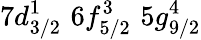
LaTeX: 7d_{3/2}^{1}\, \, 6f_{5/2}^{3}\, \, 5g_{9/2}^{4}